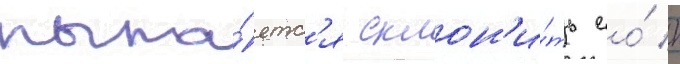
пыта́етс'я склон'и́ть ео́ к